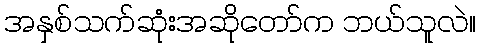
အနှစ်သက်ဆုံးအဆိုတော်က ဘယ်သူလဲ။